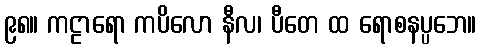
၉၈။ ကဠာရော ကပိလော နီလ၊ ပီတေ ထ ရောစနပ္ပဘေ။